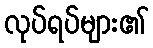
လုပ်ရပ်များ၏